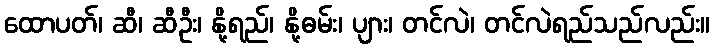
ထောပတ်၊ ဆီ၊ ဆီဦး၊ နို့ရည်၊ နို့ဓမ်း၊ ပျား၊ တင်လဲ၊ တင်လဲရည်သည်လည်း။